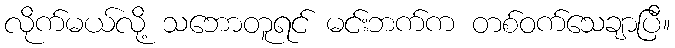
လိုက်မယ်လို့ သဘောတူရင် မင်းဘက်က တစ်ဝက်သေချာပြီ။